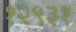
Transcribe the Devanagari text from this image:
१२९३१